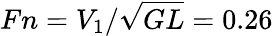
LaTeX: Fn=V_{1}/\sqrt{GL}=0.26